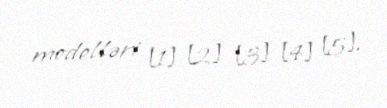
modelləri [1] [2] [3] [4] [5].